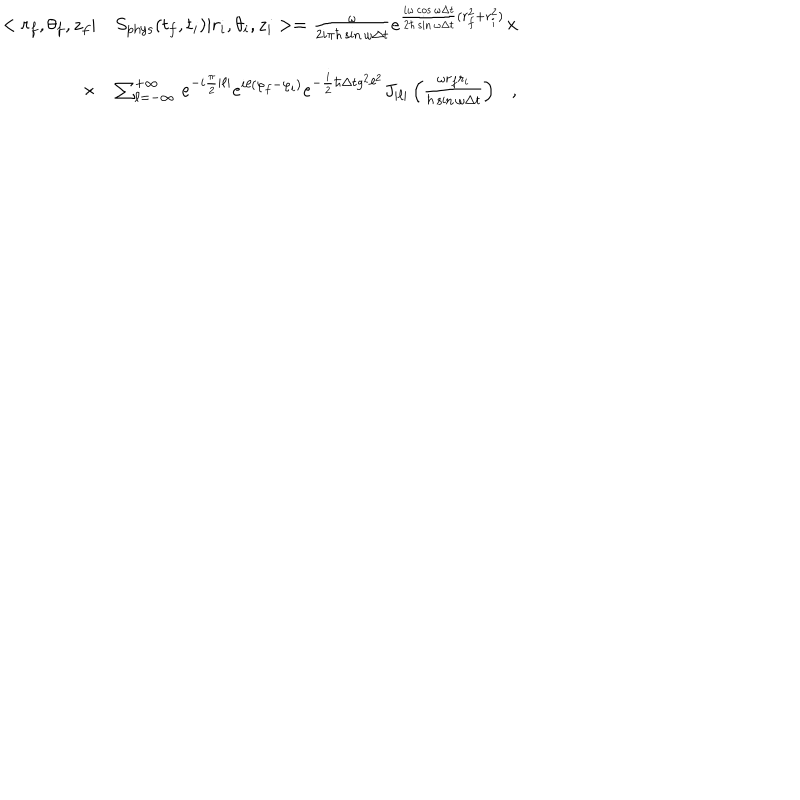
\begin{array} { r l } { { < r _ { f } , \theta _ { f } , z _ { f } | } } & { { S _ { \mathrm { p h y s } } ( t _ { f } , t _ { i } ) | r _ { i } , \theta _ { i } , z _ { i } > = \frac { \omega } { 2 i \pi \hbar \sin \omega \Delta t } e ^ { \frac { i \omega \cos \omega \Delta t } { 2 \hbar \sin \omega \Delta t } ( r _ { f } ^ { 2 } + r _ { i } ^ { 2 } ) } \times } } \\ { { } } & { { } } \\ { { \times } } & { { \sum _ { \ell = - \infty } ^ { + \infty } \, e ^ { - i \frac { \pi } { 2 } | \ell | } e ^ { i \ell ( \varphi _ { f } - \varphi _ { i } ) } e ^ { - \frac { i } { 2 } \hbar \Delta t g ^ { 2 } \ell ^ { 2 } } J _ { | \ell | } \left( \frac { \omega r _ { f } r _ { i } } { \hbar \sin \omega \Delta t } \right) \ \ \ , } } \\ \end{array}